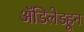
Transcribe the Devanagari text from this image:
ॲडिलेडहून